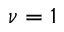
\nu = 1